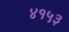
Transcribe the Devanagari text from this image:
४१५३